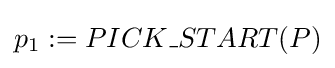
p_{1}:=PICK\_START(P)